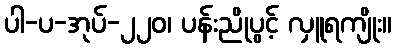
ပါ-ပ-အုပ်-၂၂၀၊ ပန်းညိုပွင့် လှူရကျိုး။